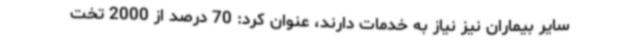
سایر بیماران نیز نیاز به خدمات دارند، عنوان کرد: 70 درصد از 2000 تخت‌